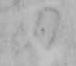
の